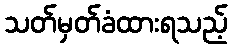
သတ်မှတ်ခံထားရသည့်